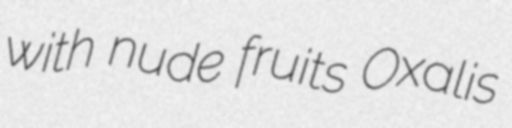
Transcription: with nude fruits Oxalis